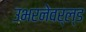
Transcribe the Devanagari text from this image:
उभरनेवर्ल्ड